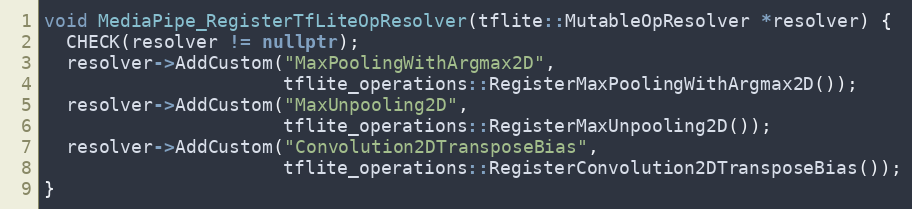
Language: C++
void MediaPipe_RegisterTfLiteOpResolver(tflite::MutableOpResolver *resolver) {
  CHECK(resolver != nullptr);
  resolver->AddCustom("MaxPoolingWithArgmax2D",
                      tflite_operations::RegisterMaxPoolingWithArgmax2D());
  resolver->AddCustom("MaxUnpooling2D",
                      tflite_operations::RegisterMaxUnpooling2D());
  resolver->AddCustom("Convolution2DTransposeBias",
                      tflite_operations::RegisterConvolution2DTransposeBias());
}